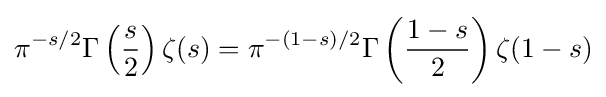
\pi ^{-s/2}\Gamma \left({\frac {s}{2}}\right)\zeta (s)=\pi ^{-(1-s)/2}\Gamma \left({\frac {1-s}{2}}\right)\zeta (1-s)